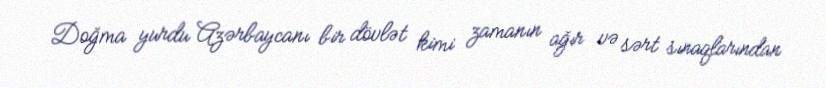
Doğma yurdu Azərbaycanı bir dövlət kimi zamanın ağır və sərt sınaqlarından